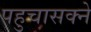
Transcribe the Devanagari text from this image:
पहुचासक्ने